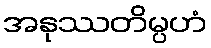
အနုဿတိမ္ပဟံ